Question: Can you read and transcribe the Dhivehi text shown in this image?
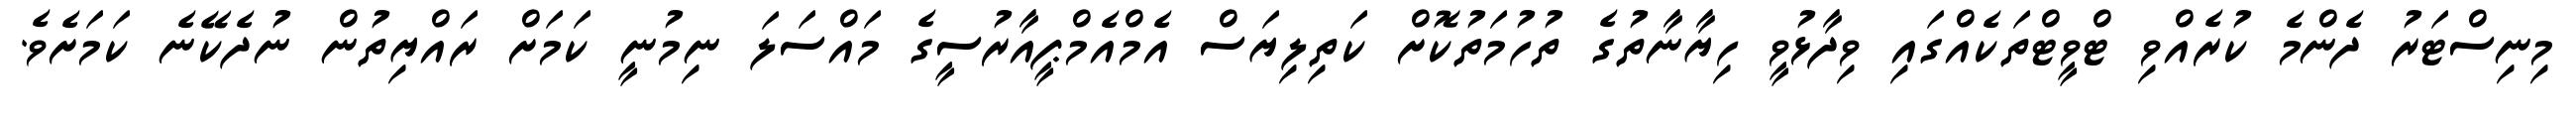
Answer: މިނިސްޓަރު ދެންމެ ކުރެއްވި ޓްވީޓްތަކެއްގައި ވިދާޅުވީ ހިޔާނާތުގެ ތުހުމަތުކޮށް ކަތިލިޔަސް އެމްއެމްޕީއާރުސީގެ މައްސަލަ ނިމުނީ ކަމަށް ރައްޔިތުން ނުދެކޭނެ ކަމަށެވެ.